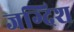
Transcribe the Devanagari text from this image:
जग्दिश